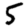
Digit: 5